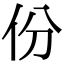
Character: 份